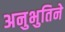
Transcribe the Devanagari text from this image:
अनुभुतिने